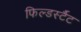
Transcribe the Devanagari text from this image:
फिल्डर्स्टैट